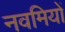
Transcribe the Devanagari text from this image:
नवमियों